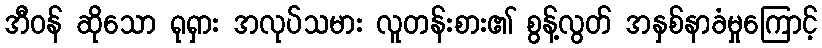
အီဝန် ဆိုသော ရုရှား အလုပ်သမား လူတန်းစား၏ စွန့်လွတ် အနှစ်နာခံမှုကြောင့်